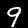
Digit: 9